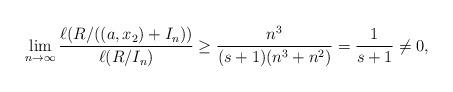
LaTeX: \begin{align*}\displaystyle \lim_{n \to\infty} \dfrac{\ell(R/((a, x_2)+I_n))}{\ell(R/I_n)} \geq \dfrac{n^3}{(s+1)(n^3+n^2)} = \frac{1}{s+1} \neq 0,\end{align*}